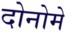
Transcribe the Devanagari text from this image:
दोनोमे